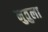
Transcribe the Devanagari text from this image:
नुतुला